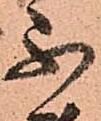
不